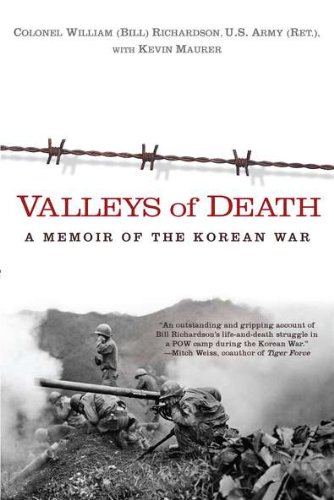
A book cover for Valleys of Death: A Memoir of the Korean War; Bill Richardson; History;